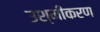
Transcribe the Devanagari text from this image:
उश्मीकरण